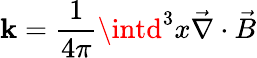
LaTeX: \mathbf{k}=\frac{{1}}{{4\pi}}\intd^{3}x\vec{{\nabla}}\cdot\vec{{B}}